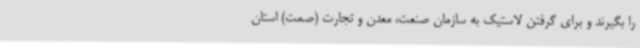
را بگیرند و برای گرفتن لاستیک به سازمان صنعت، معدن و تجارت (صمت) استان